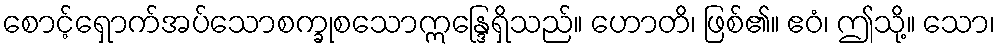
စောင့်ရှောက်အပ်သောစက္ခုစသောဣန္ဒြေရှိသည်။ ဟောတိ၊ ဖြစ်၏။ ဧဝံ၊ ဤသို့။ သော၊